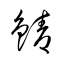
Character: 鯖